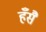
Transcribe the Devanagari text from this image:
हँसै